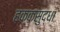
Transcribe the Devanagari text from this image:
हक्कसुद्धा